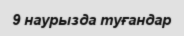
9 наурызда туғандар